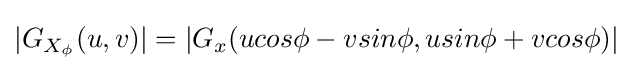
|G_{X_{\phi }}(u,v)|=|G_{x}(ucos\phi -vsin\phi ,usin\phi +vcos\phi )|